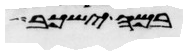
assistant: במה ישכב